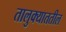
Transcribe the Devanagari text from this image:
तालुक्याततील